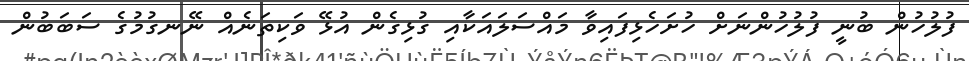
ފުލުހުން ބުނީ ފުލުހުންނަށް ހުށަހެޅިފައިވާ މައްސަލައަކާއި ގުޅިގެން އުޅޭ ވަކިތަނެއް ނޭނގުމުގެ ސަބަބުން